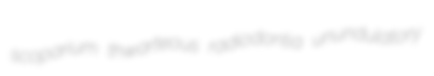
scoparium thwarteous radiodontia unundulatory